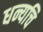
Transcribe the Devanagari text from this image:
धन्यचि